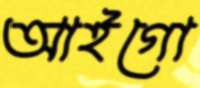
আইগো